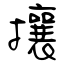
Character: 攘